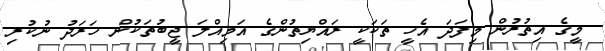
މީގެ އިތުރުން މިފަދަ އެހީ ތަކަކީ ރައްޔިތުންގެ އަމިއްލަ ޖީބުތަކުން ހަރަދު ނުކުރި